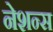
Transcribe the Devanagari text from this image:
नेशन्‍स